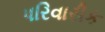
પરિવારીક